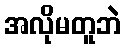
အလိုမတူဘဲ